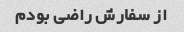
از سفارش راضی بودم